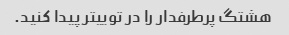
هشتگ پرطرفدار را در توییتر پیدا کنید.